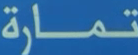
تمارة